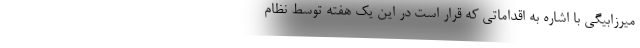
میرزابیگی با اشاره به اقداماتی که قرار است در این یک هفته توسط نظام